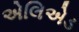
એલિએડ